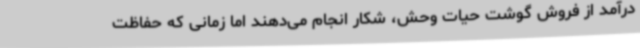
درآمد از فروش گوشت حیات وحش، شکار انجام می‌دهند اما زمانی که حفاظت